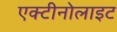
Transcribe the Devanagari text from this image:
एक्टीनोलाइट